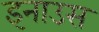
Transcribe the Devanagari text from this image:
इनाउस